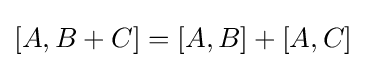
[A,B+C]=[A,B]+[A,C]